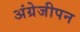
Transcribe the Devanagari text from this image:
अंग्रेजीपन